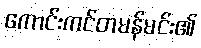
ကောင်းကင်တမန်မင်း၏